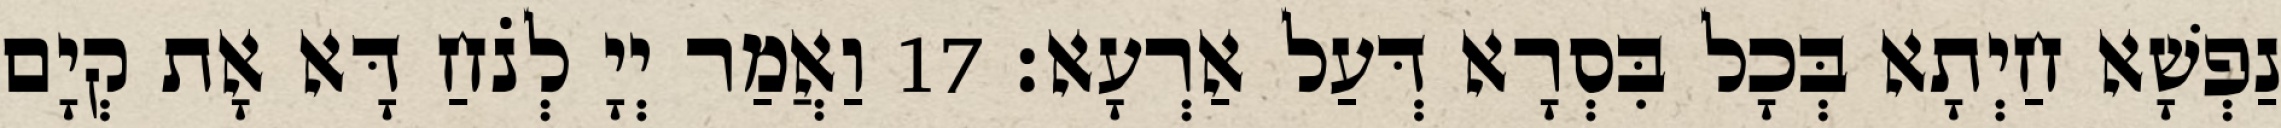
נַפְשָׁא חַיְתָא בְּכָל בִּסְרָא דְּעַל אַרְעָא׃ 17 וַאֲמַר יְיָ לְנֹחַ דָּא אָת קְיָם